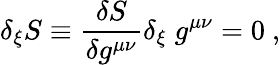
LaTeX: \delta_{\xi}S\equiv{\frac{\delta S}{\delta g^{\mu\nu}}}\delta_{\xi}\; g^{\mu\nu}=0\ ,